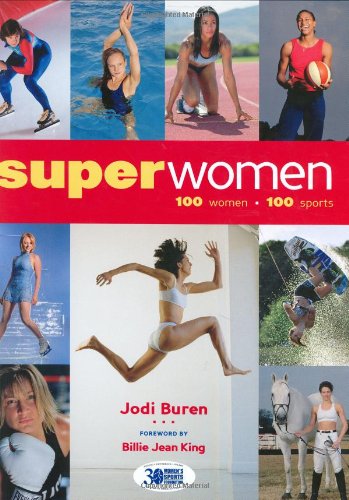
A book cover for Superwomen: 100 Women-100 Sports; Jodi Buren; Sports & Outdoors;